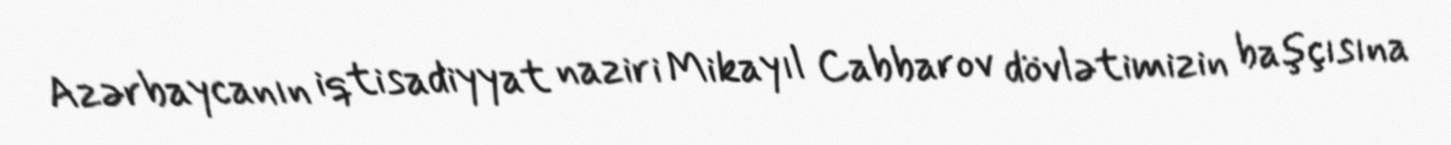
Azərbaycanın iqtisadiyyat naziri Mikayıl Cabbarov dövlətimizin başçısına